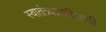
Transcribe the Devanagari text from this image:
स्वातंत्र्यप्राप्तीसाठी